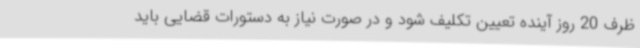
ظرف 20 روز آینده تعیین تکلیف شود و در صورت نیاز به دستورات قضایی باید